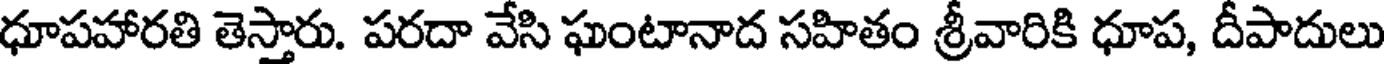
ధూపహారతి తెస్తారు. పరదా వేసి ఘంటానాద సహితం శ్రీవారికి ధూప, దీపాదులు